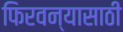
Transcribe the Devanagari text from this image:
फिरवन्यासाठी